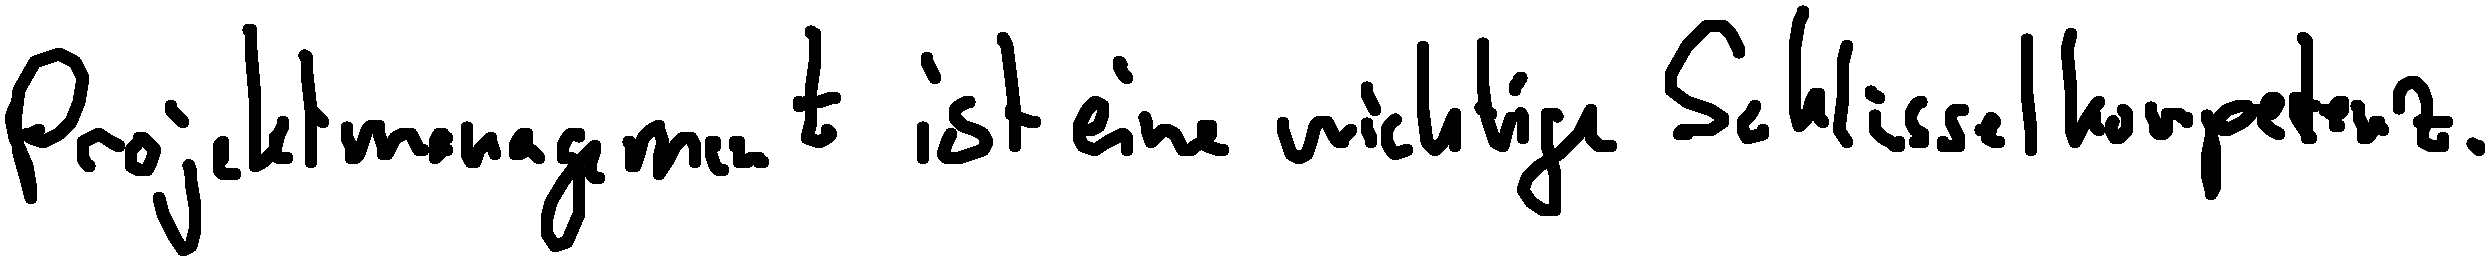
Projektmanagement ist eine wichtige Schlüsselkompetenz.